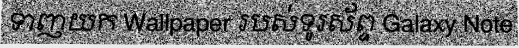
ទាញយក Wallpaper របស់ទូរស័ព្ទ Galaxy Note